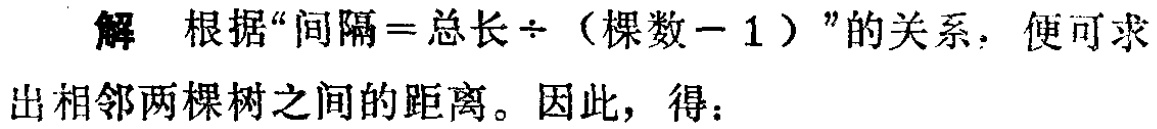
解 根据“间隔=总长÷（棵数−1）”的关系，便可求出相邻两棵树之间的距离。因此，得：